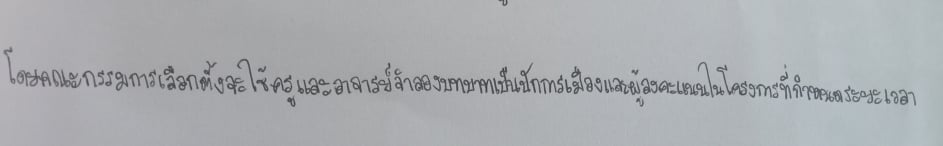
โดยคณะกรรมการเลือกตั้งจะใช้ครูและอาจารย์จำลองบทบาทเป็นนักการเมืองและผู้ลงคะแนนในโครงการที่กำหนดระยะเวลา